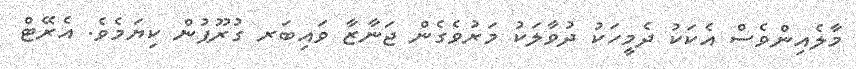
މާލެއިންވެސް އެކަކު ދެމީހަކު ދުވާލަކު މަރުވެގެން ޖަނާޒާ ވައިބަރ ގުރޫޕުން ކިޔަމެވެ. އެރޭޓް